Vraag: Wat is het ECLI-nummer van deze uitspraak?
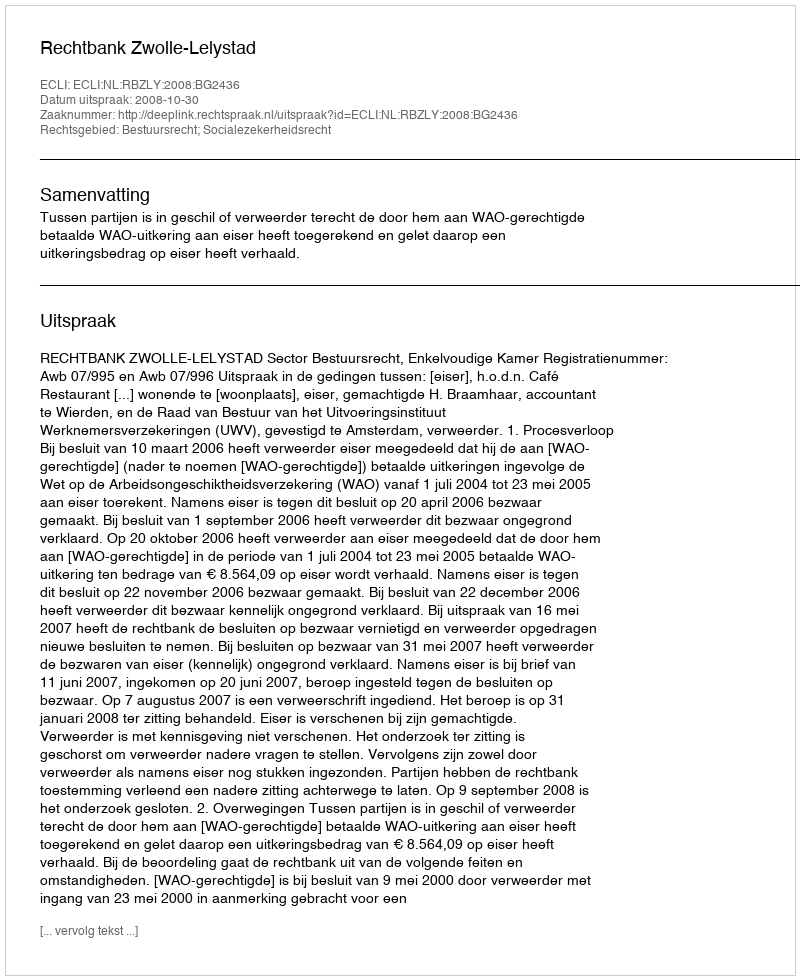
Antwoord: ECLI:NL:RBZLY:2008:BG2436